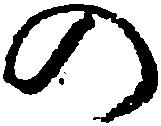
の